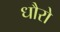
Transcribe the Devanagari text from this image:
धौरो